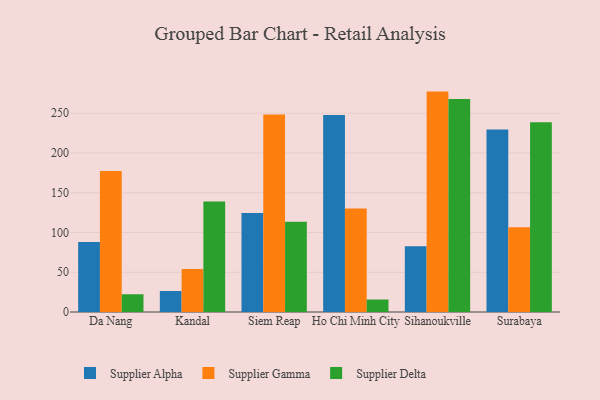
{"axis": {"x": "City", "y": "Churn Rate (%)"}, "legend": ["Supplier Alpha", "Supplier Delta", "Supplier Gamma"], "data": [{"x": "Da Nang", "y": 88.0, "type": "Supplier Alpha"}, {"x": "Da Nang", "y": 177.4, "type": "Supplier Gamma"}, {"x": "Da Nang", "y": 22.3, "type": "Supplier Delta"}, {"x": "Kandal", "y": 26.4, "type": "Supplier Alpha"}, {"x": "Kandal", "y": 54.0, "type": "Supplier Gamma"}, {"x": "Kandal", "y": 138.9, "type": "Supplier Delta"}, {"x": "Siem Reap", "y": 124.5, "type": "Supplier Alpha"}, {"x": "Siem Reap", "y": 248.4, "type": "Supplier Gamma"}, {"x": "Siem Reap", "y": 113.5, "type": "Supplier Delta"}, {"x": "Ho Chi Minh City", "y": 247.9, "type": "Supplier Alpha"}, {"x": "Ho Chi Minh City", "y": 130.2, "type": "Supplier Gamma"}, {"x": "Ho Chi Minh City", "y": 15.7, "type": "Supplier Delta"}, {"x": "Sihanoukville", "y": 82.6, "type": "Supplier Alpha"}, {"x": "Sihanoukville", "y": 277.2, "type": "Supplier Gamma"}, {"x": "Sihanoukville", "y": 268.0, "type": "Supplier Delta"}, {"x": "Surabaya", "y": 229.6, "type": "Supplier Alpha"}, {"x": "Surabaya", "y": 106.6, "type": "Supplier Gamma"}, {"x": "Surabaya", "y": 238.7, "type": "Supplier Delta"}]}